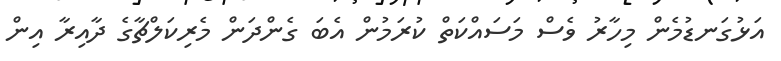
އަޅުގަނޑުމެން މިހާރު ވެސް މަސައްކަތް ކުރަމުން އެބަ ގެންދަން މެރިކަލްޗާގެ ދާއިރާ އިން